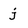
Character: j